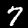
Digit: 7